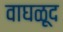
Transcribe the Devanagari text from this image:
वाघळूद